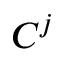
C ^ { j }